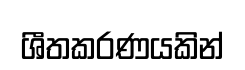
ශීතකරණයකින්